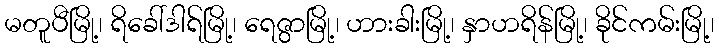
မတူပီမြို့၊ ရိခေါ်ဒါရ်မြို့၊ ရေဇွာမြို့၊ ဟားခါးမြို့၊ နှာဟရိန်မြို့၊ ခိုင်ကမ်းမြို့၊